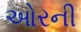
ઓરની